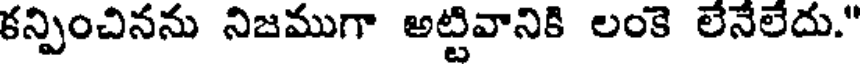
కన్పించినను నిజముగా అట్టివానికి లంకె లేనేలేదు."